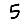
Digit: 5